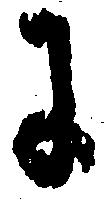
に